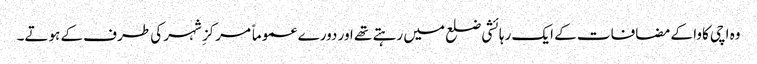
وہ اچی کاوا کے مضافات کے ایک رہائشی ضلع میں رہتے تھے اور دورے عموماً مرکزِ شہر کی طرف کے ہوتے۔